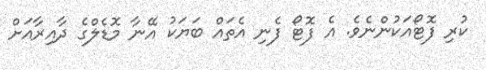
ކުރި ފޮޓޯއަކުންނެވެ. އެ ފޮޓޯ ފެނި އެތައް ބަޔަކު އޭނާ މޮޑެލްގެ ދާއިރާއަށް